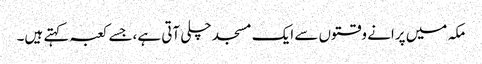
مکہ میں پرانے وقتوں سے ایک مسجد چلی آتی ہے،جسے کعبہ کہتے ہیں۔